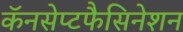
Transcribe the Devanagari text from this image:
कॅनसेप्टफैसिनेशन